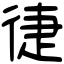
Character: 徢